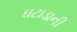
ઘટાડાની